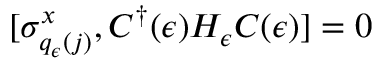
[ \sigma _ { q _ { \epsilon } ( j ) } ^ { x } , C ^ { \dagger } ( \epsilon ) H _ { \epsilon } C ( \epsilon ) ] = 0